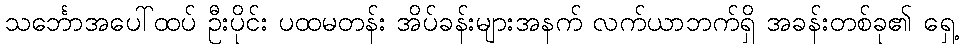
သင်္ဘောအပေါ်ထပ် ဦးပိုင်း ပထမတန်း အိပ်ခန်းများအနက် လက်ယာဘက်ရှိ အခန်းတစ်ခု၏ ရှေ့